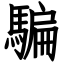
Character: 騙